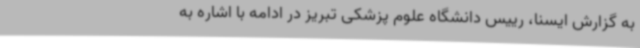
به گزارش ایسنا، رییس دانشگاه علوم پزشکی تبریز در ادامه با اشاره به